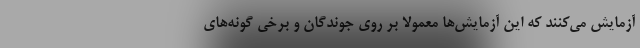
آزمایش می‌کنند که این آزمایش‌ها معمولا بر روی جوندگان و برخی گونه‌های